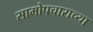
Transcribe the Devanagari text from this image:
सामोपचाराच्या